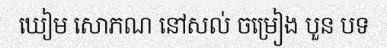
ឃៀម សោភណ នៅសល់ ចម្រៀង បួន បទ